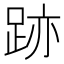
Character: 跡